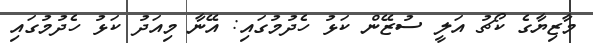
މާޒިޔާގެ ކޯޗު އަލީ ސުޒޭން ކަޅު ހެދުމުގައި: އޭނާ މިއަދު ކަޅު ހެދުމުގައި